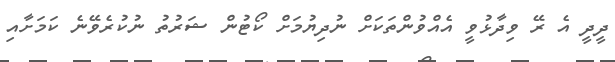
ދީދީ އެ ރޭ ވިދާޅުވީ އެއްވުންތަކަށް ނުދިޔުމަށް ކޯޓުން ޝަރުތު ނުކުރެވޭނެ ކަމަށާއި